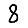
Digit: 8